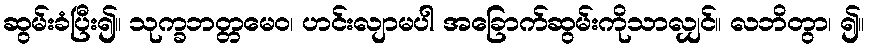
ဆွမ်းခံပြီး၍။ သုက္ခဘတ္တမေဝ၊ ဟင်းလျာမပါ အခြောက်ဆွမ်းကိုသာလျှင်။ လဘိတွာ၊ ၍။